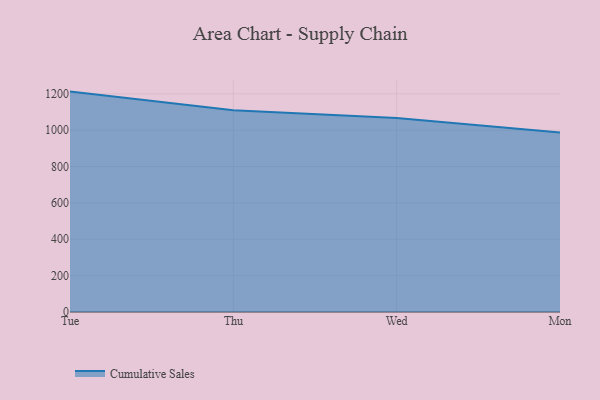
{"axis": {"x": "Day", "y": "Website Visitors"}, "legend": ["Cumulative Sales"], "data": [{"x": "Tue", "y": 1212.1, "type": "Cumulative Sales"}, {"x": "Thu", "y": 1109.6, "type": "Cumulative Sales"}, {"x": "Wed", "y": 1067.4, "type": "Cumulative Sales"}, {"x": "Mon", "y": 987.2, "type": "Cumulative Sales"}]}